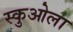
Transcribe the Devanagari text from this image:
स्कुओला